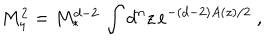
LaTeX: M _ { 4 } ^ { 2 } = M _ { * } ^ { d - 2 } \, \int d ^ { n } z \, e ^ { - ( d - 2 ) A ( z ) / 2 } \ ,